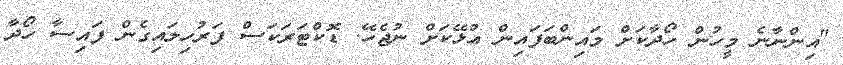
"އިންނާނެ މީހުން ހޯދާކަށް މައިންބަފައިން އުޅޭކަށް ނުޖެހޭ. ޑޮކްޓަރަކަސް ފަރުހިލައިގެން ފައިސާ ހޯދާ